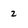
Character: 2